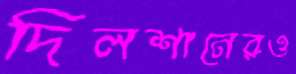
দিলশানেরও